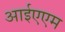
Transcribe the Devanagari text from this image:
आईएएम